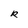
Character: R